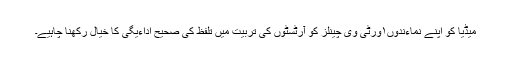
میڈیا کو اپنے نماءندوں۱ورٹی وی چینلز کو آرٹسٹوں کی تربیت میں تلفظ کی صحیح اداءیگی کا خیال رکھنا چاہیے۔